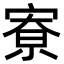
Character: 𪧛